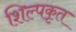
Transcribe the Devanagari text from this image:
शिल्पकृत